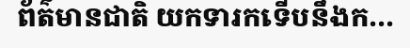
ព័ត៌មានជាតិ យកទារកទើបនឹងក...